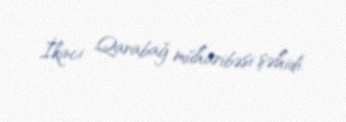
İkinci Qarabağ müharibəsi şəhidi.